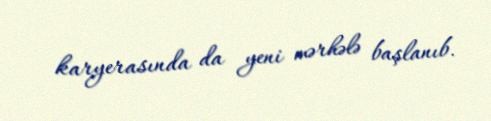
karyerasında da yeni mərhələ başlanıb.